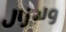
ولازال